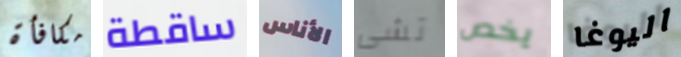
مكافأة ساقطة الأناس تشى يخص اليوغا